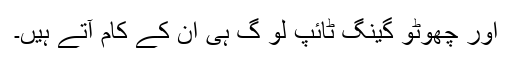
اور چھوٹو گینگ ٹائپ لو گ ہی ان کے کام آتے ہیں۔